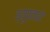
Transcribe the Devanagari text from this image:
व्यूप्वाइंट